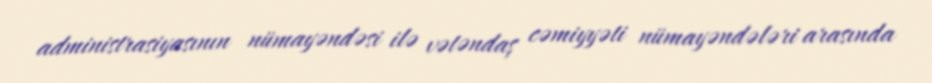
administrasiyasının nümayəndəsi ilə vətəndaş cəmiyyəti nümayəndələri arasında